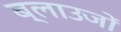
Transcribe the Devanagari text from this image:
ब्लाउजों